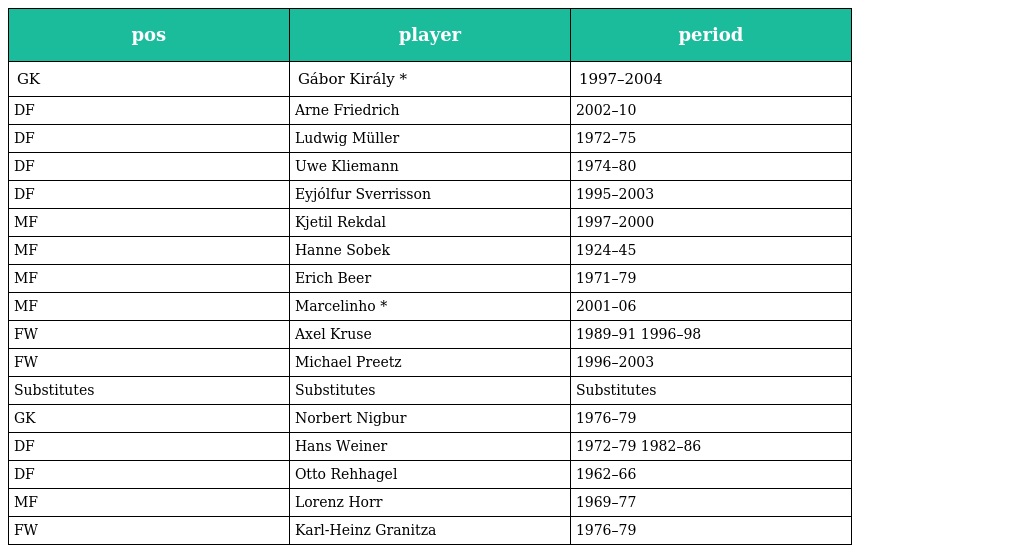
| pos | player | period |
 | --- | --- | --- |
 | GK | Gábor Király * | 1997–2004 |
 | DF | Arne Friedrich | 2002–10 |
 | DF | Ludwig Müller | 1972–75 |
 | DF | Uwe Kliemann | 1974–80 |
 | DF | Eyjólfur Sverrisson | 1995–2003 |
 | MF | Kjetil Rekdal | 1997–2000 |
 | MF | Hanne Sobek | 1924–45 |
 | MF | Erich Beer | 1971–79 |
 | MF | Marcelinho * | 2001–06 |
 | FW | Axel Kruse | 1989–91 1996–98 |
 | FW | Michael Preetz | 1996–2003 |
 | Substitutes | Substitutes | Substitutes |
 | GK | Norbert Nigbur | 1976–79 |
 | DF | Hans Weiner | 1972–79 1982–86 |
 | DF | Otto Rehhagel | 1962–66 |
 | MF | Lorenz Horr | 1969–77 |
 | FW | Karl-Heinz Granitza | 1976–79 |